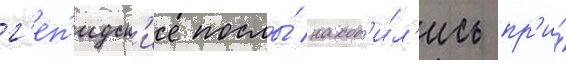
г'еп'идск'ие послы́ наход'и́л'ись пр'и́